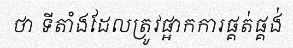
ថា ទីតាំងដែលត្រូវផ្អាកការផ្គត់ផ្គង់